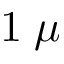
1 \; \mu